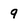
Character: q